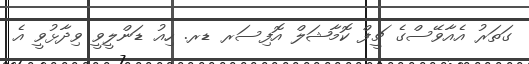
ގަތަރު އެއާވޭސްގެ ޗީފް ކޮމާޝަލް އޮފިސަރ ޑރ. ހިއު ޑަންލީވީ ވިދާޅުވީ އެ